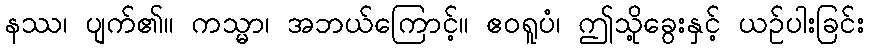
နဿ၊ ပျက်၏။ ကသ္မာ၊ အဘယ်ကြောင့်။ ဧဝရူပံ၊ ဤသို့ခွေးနှင့် ယဉ်ပါးခြင်း